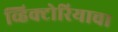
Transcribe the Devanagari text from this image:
व्हिक्टोरियाचा